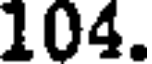
104.